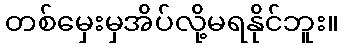
တစ်မှေးမှအိပ်လို့မရနိုင်ဘူး။